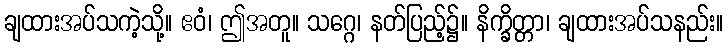
ချထားအပ်သကဲ့သို့။ ဧဝံ၊ ဤအတူ။ သဂ္ဂေ၊ နတ်ပြည့်၌။ နိက္ခိတ္တာ၊ ချထားအပ်သနည်း။